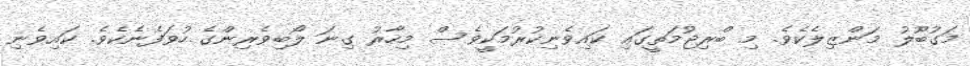
މަގުބޫލު މަންޒިލެކެވެ. މި ބްރިޖުމަތީގައި ކައިވެނިކުރުމަކީވެސް މިހާރު ގިނަ ލޯބިވެރިންގެ ހުވަފެނެކެވެ. ކައިވެނި